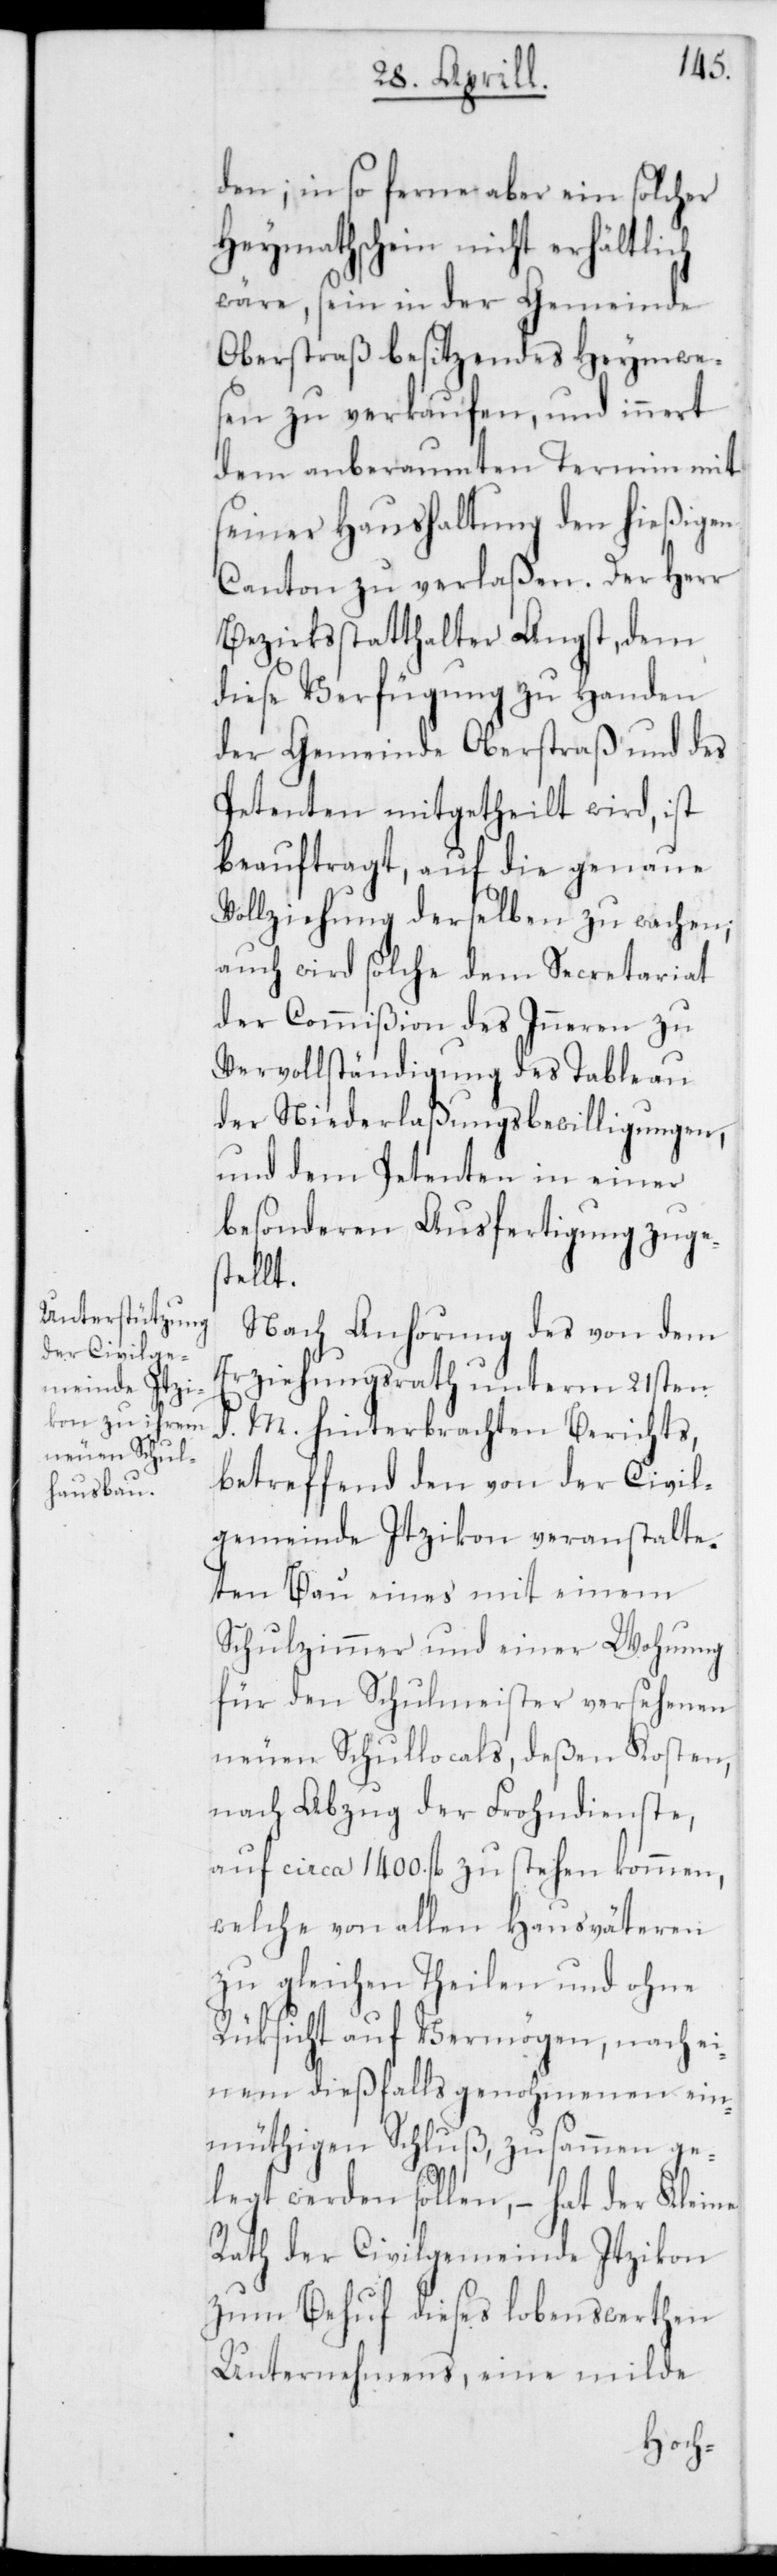
den; in so ferne aber ein solcher
Heymathschein nicht erhältlich
wäre, sein in der Gemeinde
Oberstraß besitzendes Heymwe¬
sen zu verkaufen, und innert
dem anberaumten Termin mit
seiner Haushaltung den hießigen
Canton zu verlaßen. Der Herr
Bezirksstatthalter Angst, dem
diese Verfügung zu Handen
der Gemeinde Oberstraß und des
Petenten mitgetheilt wird, ist
beauftragt, auf die genaue
Vollziehung derselben zu wachen,
auch wird solche dem Secretariat
der Commißion des Inneren zu
Vervollständigung des Tableau
der Niederlaßungsbewilligungen,
und dem Petenten in einer
besonderen Ausfertigung zuges¬
tellt.
Nach Anhörung des von dem
Erziehungsrath unterm 21sten
d. M. hinterbrachten Berichts,
betreffend den von der Civil¬
gemeinde Itzikon veranstalte¬
ten Bau eines mit einem
Schulzimmer und einer Wohnung
für den Schulmeister versehenen
neuen Schullocals, deßen Kosten,
nach Abzug der Frohndienste,
auf circa 1400. fl. zu stehen kommen,
welche von allen Hausväteren
zu gleichen Theilen und ohne
Rücksicht auf Vermögen, nach ei¬
nem dießfalls genohmenen ein¬
müthigen Schluß, zusammen ge¬
legt werden sollen, – hat der Kleine
Rath der Civilgemeinde Itzikon
zum Behuf dieses lobenswerthen
Unternehmens, eine milde